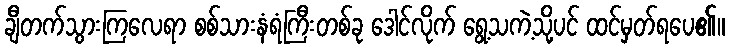
ချီတက်သွားကြလေရာ စစ်သားနံရံကြီးတစ်ခု ဒေါင်လိုက် ရွေ့သကဲ့သို့ပင် ထင်မှတ်ရပေ၏။